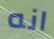
انه